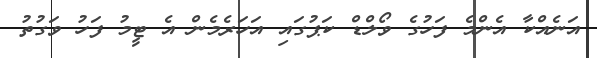
އަނެއްކާ އެންމެ ފަހުގެ ވޯލްޑް ކަޕުގައި އަހަރެމެން އެ ޓީމު ފަހު ވަގުތު